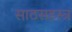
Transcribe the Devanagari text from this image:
साठसहस्त्र